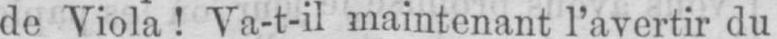
de Viola! Va-t-il maintenant l’avertir du